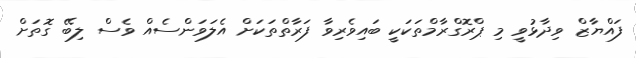
ފައްޔާޒް ވިދާޅުވީ މި ޕްރޮގްރާމްތަކަކީ ބައިވެރިވާ ފަރާތްތަކަށް އެލަވަންސެއް ވެސް ލިބޭ ގޮތަށް